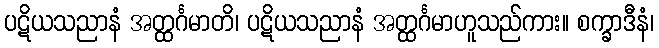
ပဋိယသညာနံ အတ္ထင်္ဂမာတိ၊ ပဋိယသညာနံ အတ္ထင်္ဂမာဟူသည်ကား။ စက္ခာဒီနံ၊